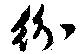
紛